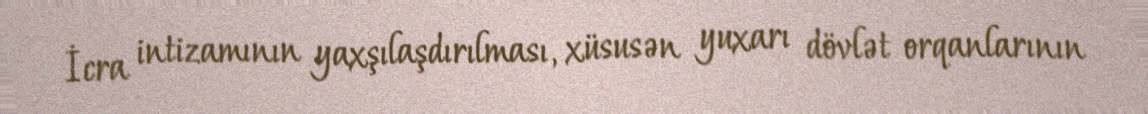
İcra intizamının yaxşılaşdırılması, xüsusən yuxarı dövlət orqanlarının